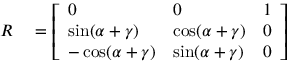
\begin{array} { r l } { R } & { { } = { \left[ \begin{array} { l l l } { 0 } & { 0 } & { 1 } \\ { \sin ( \alpha + \gamma ) } & { \cos ( \alpha + \gamma ) } & { 0 } \\ { - \cos ( \alpha + \gamma ) } & { \sin ( \alpha + \gamma ) } & { 0 } \end{array} \right] } } \end{array}